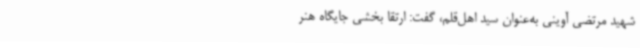
شهید مرتضی آوینی به‌عنوان سید اهل‌قلم، گفت: ارتقا بخشی جایگاه هنر